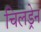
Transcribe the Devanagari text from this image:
चिलड्रेन